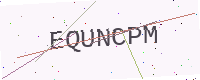
Text: EQUNCPM